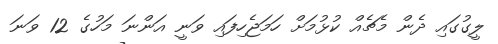
ލީގުގައި ދެން މެޗެއް ކުޅުމަށް ހަމަޖެހިފައި ވަނީ އަންނަ މަހުގެ 12 ވަނަ